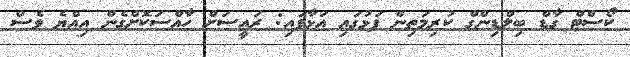
ކޯސްޓް ގާޑް ބިލްޑިންގް ކުރިމަތިން ފަޅުގައި އަޅާފައި: ރައީސަށް ހާއްސަކޮށްގެން އިއްޔެ ވެސް